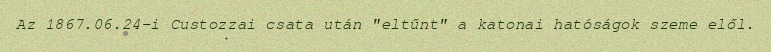
Az 1867.06.24-i Custozzai csata után "eltűnt" a katonai hatóságok szeme elől.